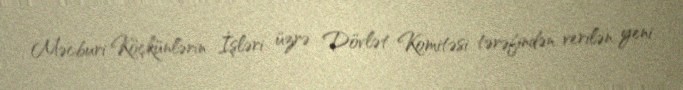
Məcburi Köçkünlərin İşləri üzrə Dövlət Komitəsi tərəfindən verilən yeni